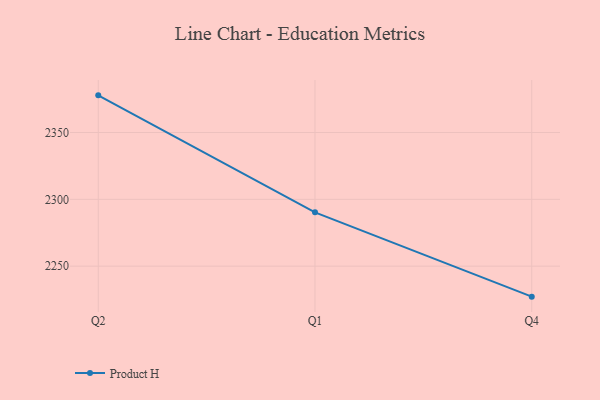
{"axis": {"x": "Quarter", "y": "Operating Costs (USD K)"}, "legend": ["Product H"], "data": [{"x": "Q2", "y": 2377.8, "type": "Product H"}, {"x": "Q1", "y": 2290.3, "type": "Product H"}, {"x": "Q4", "y": 2227.2, "type": "Product H"}]}